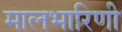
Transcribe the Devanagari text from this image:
मालभारिणी